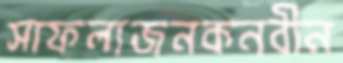
সাফল্যজনকনবীন